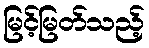
မြင့်မြတ်သည့်